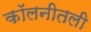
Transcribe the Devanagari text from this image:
कॉलनीतली